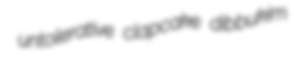
untolerative clapcake dibbukim